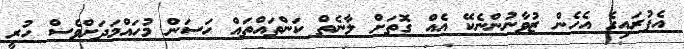
އެފުރައިގެ އެހެން ޒުވާނުންނެކޭ އެއް ގޮތަށް ލާނެތް ކަންތައްތައް ހަސަން މުހައްމަދަށްވެސް ހުރީ